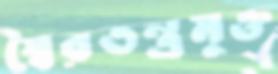
স্বৈরতন্ত্রমুক্ত